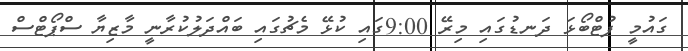
ގައުމީ ފުޓްބޯޅަ ދަނޑުގައި މިރޭ 9:00ގައި ކުޅޭ މެޗުގައި ބައްދަލުކުރާނީ މާޒިޔާ ސްޕޯޓްސް